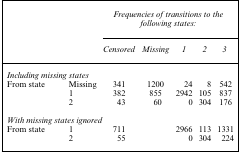
<table><thead><tr><td></td><td></td><td colspan="5"><b><i>Frequencies of transitions to the following states:</i></b></td></tr><tr><td></td><td></td><td><b><i>Censored</i></b></td><td><b><i>Missing</i></b></td><td><b><i>1</i></b></td><td><b><i>2</i></b></td><td><b><i>3</i></b></td></tr></thead><tbody><tr><td colspan="7"><i>Including missing states</i></td></tr><tr><td>From state</td><td>Missing</td><td>341</td><td>1200</td><td>24</td><td>8</td><td>542</td></tr><tr><td></td><td>1</td><td>382</td><td>855</td><td>2942</td><td>105</td><td>837</td></tr><tr><td></td><td>2</td><td>43</td><td>60</td><td>0</td><td>304</td><td>176</td></tr><tr><td colspan="7"><i>With missing states ignored</i></td></tr><tr><td>From state</td><td>1</td><td>711</td><td></td><td>2966</td><td>113</td><td>1331</td></tr><tr><td></td><td>2</td><td>55</td><td></td><td>0</td><td>304</td><td>224</td></tr></tbody></table>